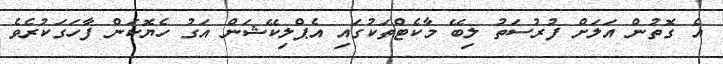
އެ ގޮތުން އަލަށް ފުރުސަތު ލިބޭ މާކެޓްތަކުގައި އެޕްލިކޭޝަން އަގު ހެޔޮކަން ފާހަގަކުރެވެ